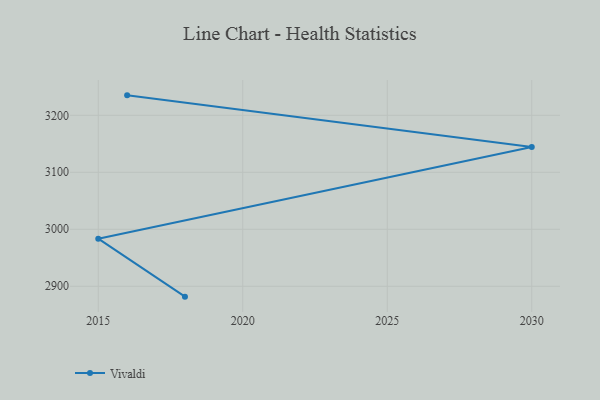
{"axis": {"x": "Year", "y": "Population (Million)"}, "legend": ["Vivaldi"], "data": [{"x": "2018", "y": 2881.8, "type": "Vivaldi"}, {"x": "2015", "y": 2983.5, "type": "Vivaldi"}, {"x": "2030", "y": 3144.5, "type": "Vivaldi"}, {"x": "2016", "y": 3235.0, "type": "Vivaldi"}]}